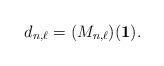
LaTeX: \begin{align*}d_{n,\ell} = (M_{n,\ell})(\mathbf{1}).\end{align*}